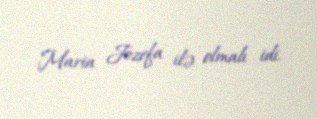
Maria Jozefa ilə olmalı idi.